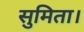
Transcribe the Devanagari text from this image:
सुमिता।